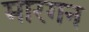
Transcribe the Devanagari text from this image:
मारगन